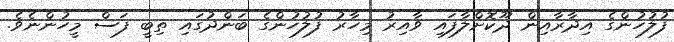
ފުލުހުންގެ އިދާރާއިން ދޫކޮށްލާފައި ވާއިރު މިހާރު ފުލުހުންގެ ބަންދުގައި ތިބީ ފަސް މީހުންނެވެ.